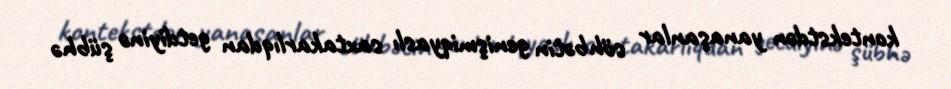
kontekstdən yanaşanlar söhbətin genişmiqyaslı saxtakarlıqdan getdiyinə şübhə